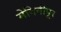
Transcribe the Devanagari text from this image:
मेदिनीपूर